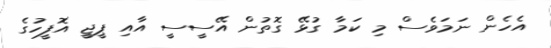
އެހެން ނަމަވެސް މި ކަމާ ގުޅޭ ގޮތުން އޭސީސީ އާއި ޕީޖީ އޮފީހުގެ